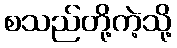
စသည်တို့ကဲ့သို့